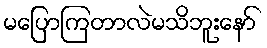
မပြောကြတာလဲမသိဘူးနော်